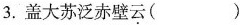
3.盖大苏泛赤壁云（）